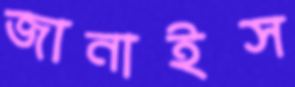
জানাইস